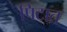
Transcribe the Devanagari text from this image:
पिटात